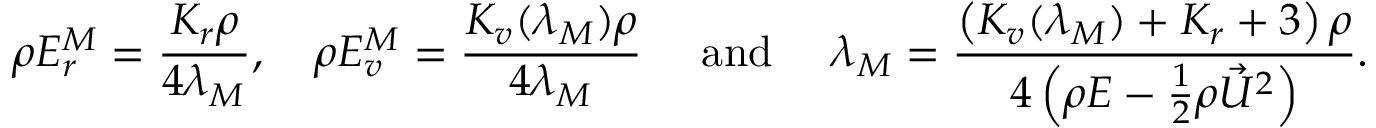
\rho E _ { r } ^ { M } = \frac { K _ { r } \rho } { 4 \lambda _ { M } } , \quad \rho E _ { v } ^ { M } = \frac { K _ { v } ( \lambda _ { M } ) \rho } { 4 \lambda _ { M } } \quad { \mathrm { ~ a n d ~ } } \quad { \lambda _ { M } } = \frac { \left( K _ { v } ( \lambda _ { M } ) + K _ { r } + 3 \right) \rho } { 4 \left( \rho E - \frac { 1 } { 2 } \rho { \vec { U } } ^ { 2 } \right) } .